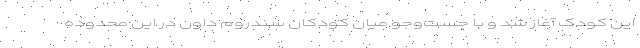
این کودک آغاز شد و با جست‌وجو میان کودکان سندروم داون در این محدوده